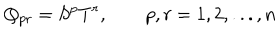
Q _ { p r } = S ^ { p } T ^ { r } , \qquad p , r = 1 , 2 , . . . , n